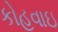
કોહવાઇ